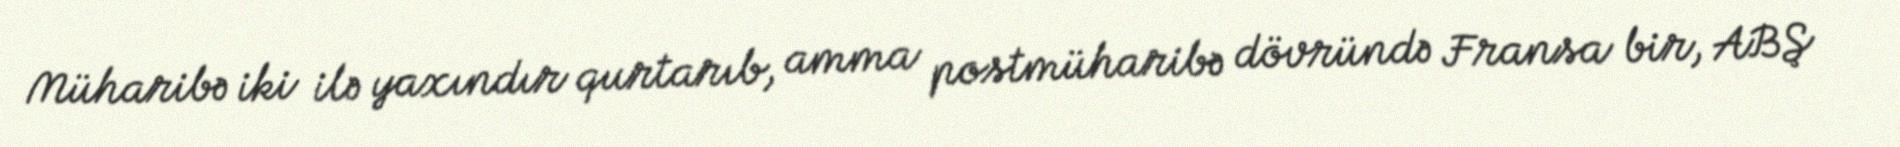
Müharibə iki ilə yaxındır qurtarıb, amma postmüharibə dövründə Fransa bir, ABŞ